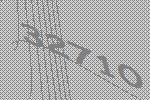
32710